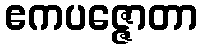
ဧကပဇ္ဇောတာ